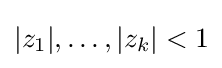
|z_{1}|,\dots ,|z_{k}|<1